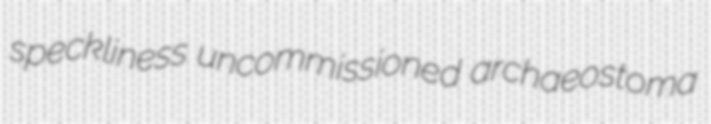
speckliness uncommissioned archaeostoma